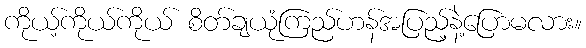
ကိုယ့်ကိုယ်ကိုယ် စိတ်ချယုံကြည်ဟန်အပြည့်နဲ့ပြောမလား။